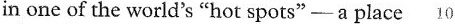
in one of the world's "hot spots"- a place 10